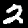
Digit: 2